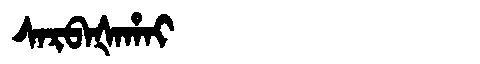
Manchu: ᠰᠠᡵᠪᠠᡧᠠᡥᠠᡳ
Romanization: SARBAŠAHAI